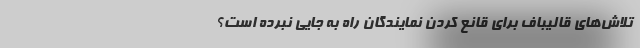
تلاش‌های قالیباف برای قانع کردن نمایندگان راه به جایی نبرده است؟